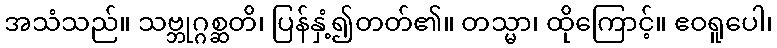
အသံသည်။ သဗ္ဘုဂ္ဂစ္ဆတိ၊ ပြန်နှံ့၍တတ်၏။ တသ္မာ၊ ထိုကြောင့်။ ဧဝရူပေါ၊